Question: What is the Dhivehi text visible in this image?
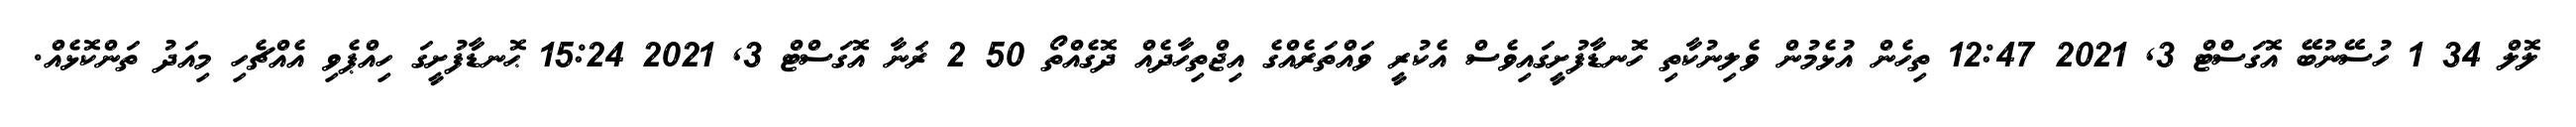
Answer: ލޮލް 34 1 ހުސޭނުބޭ އޮގަސްޓް 3, 2021 12:47 ތިހެން އުޅެމުން ވެލިނުކާތި ހޮނޑާފުށީގައިވެސް އެކުރީ ވައްތަރެއްގެ އިޖްތިހާދެއް ދޮގެއްތޯ 50 2 ޜަނާ އޮގަސްޓް 3, 2021 15:24 ޙޮނޑާފުށީގަ ހިއްޕެވި އެއްޗެހި މިއަދު ތަންކޮޅެއް.